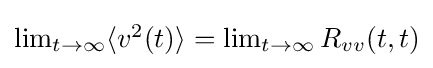
{\textstyle \lim _{t\to \infty }\langle v^{2}(t)\rangle =\lim _{t\to \infty }R_{vv}(t,t)}